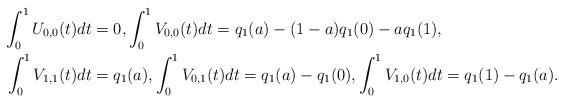
LaTeX: \begin{align*}\begin{aligned} \int_0^1 U_{0,0}(t)dt&=0, \int_0^1 V_{0,0}(t)dt=q_1(a)-(1-a)q_1(0)-aq_1(1), \\ \int_0^1 V_{1,1}(t)dt&=q_1(a), \int_0^1 V_{0,1}(t)dt=q_1(a)-q_1(0), \int_0^1 V_{1,0}(t)dt=q_1(1)-q_1(a).\end{aligned}\end{align*}